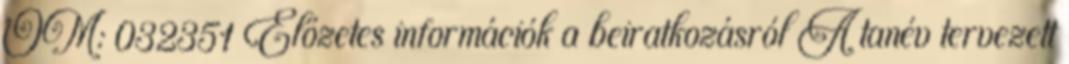
OM: 032351 Előzetes információk a beiratkozásról A tanév tervezett